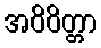
အဝိဝိတ္တာ